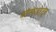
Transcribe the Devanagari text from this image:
कॉन्फेडरेट्स